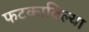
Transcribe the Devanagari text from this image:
फटकाविल्या